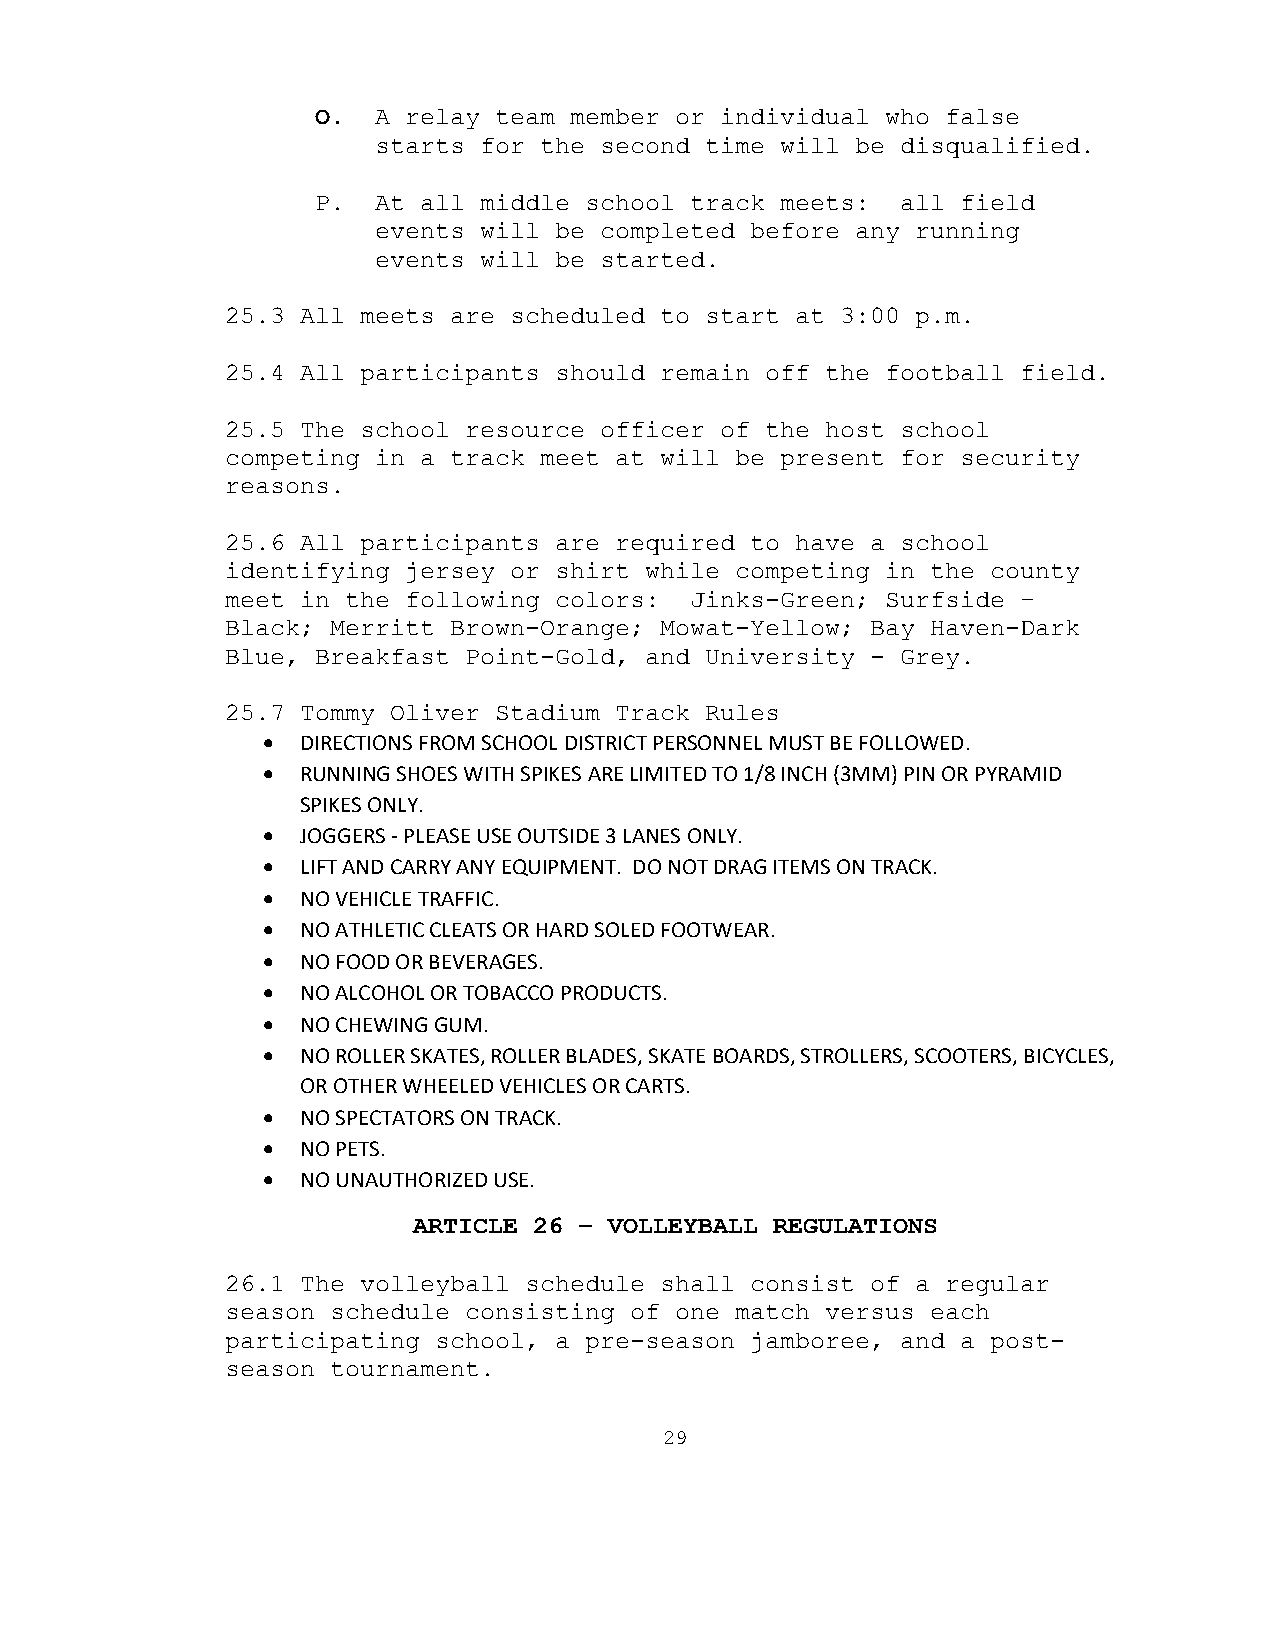
O.  A relay team member or individual who false
 starts for the second time will be disqualified.
 P.  At all middle school track meets:  all field
 events will be completed before any running
 events will be started.
 25.3 All meets are scheduled to start at 3:00 p.m.
 25.4 All participants should remain off the football field.
 25.5 The school resource officer of the host school
 competing in a track meet at will be present for security
 reasons.
 25.6 All participants are required to have a school
 identifying jersey or shirt while competing in the county
 meet in the following colors:  Jinks-Green; Surfside –
 Black; Merritt Brown-Orange; Mowat-Yellow; Bay Haven-Dark
 Blue, Breakfast Point-Gold, and University - Grey.
 25.7 Tommy Oliver Stadium Track Rules
   DIRECTIONS FROM SCHOOL DISTRICT PERSONNEL MUST BE FOLLOWED.
   RUNNING SHOES WITH SPIKES ARE LIMITED TO 1/8 INCH (3MM) PIN OR PYRAMID
 SPIKES ONLY.
   JOGGERS - PLEASE USE OUTSIDE 3 LANES ONLY.
   LIFT AND CARRY ANY EQUIPMENT. DO NOT DRAG ITEMS ON TRACK.
   NO VEHICLE TRAFFIC.
   NO ATHLETIC CLEATS OR HARD SOLED FOOTWEAR.
   NO FOOD OR BEVERAGES.
   NO ALCOHOL OR TOBACCO PRODUCTS.
   NO CHEWING GUM.
   NO ROLLER SKATES, ROLLER BLADES, SKATE BOARDS, STROLLERS, SCOOTERS, BICYCLES,
 OR OTHER WHEELED VEHICLES OR CARTS.
   NO SPECTATORS ON TRACK.
   NO PETS.
   NO UNAUTHORIZED USE.
 ARTICLE 26 – VOLLEYBALL REGULATIONS
 26.1 The volleyball schedule shall consist of a regular
 season schedule consisting of one match versus each
 participating school, a pre-season jamboree, and a post-
 season tournament.
 29